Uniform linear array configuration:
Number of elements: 12
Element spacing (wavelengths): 0.25
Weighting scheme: kaiser
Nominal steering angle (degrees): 30
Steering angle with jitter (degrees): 28.933
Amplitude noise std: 0.05
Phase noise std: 0.05

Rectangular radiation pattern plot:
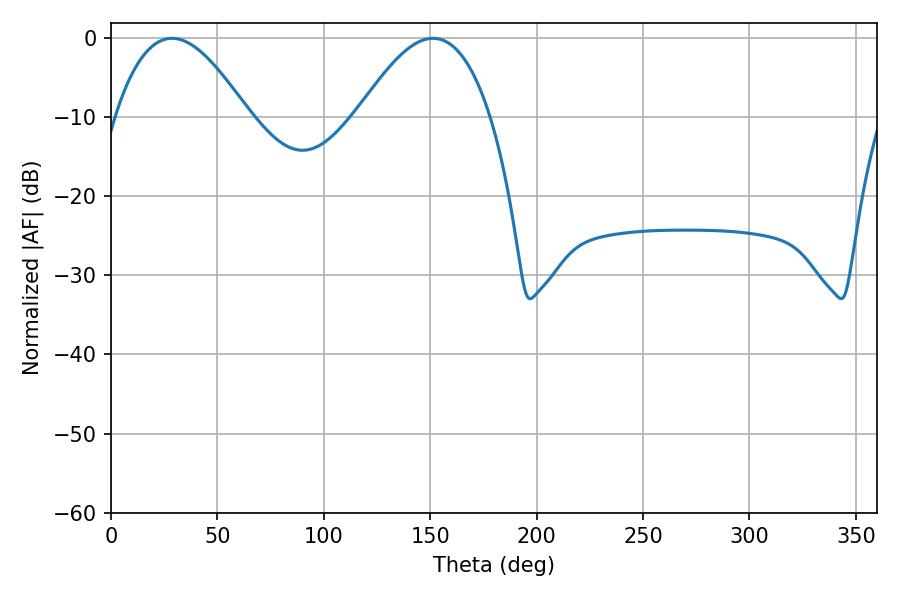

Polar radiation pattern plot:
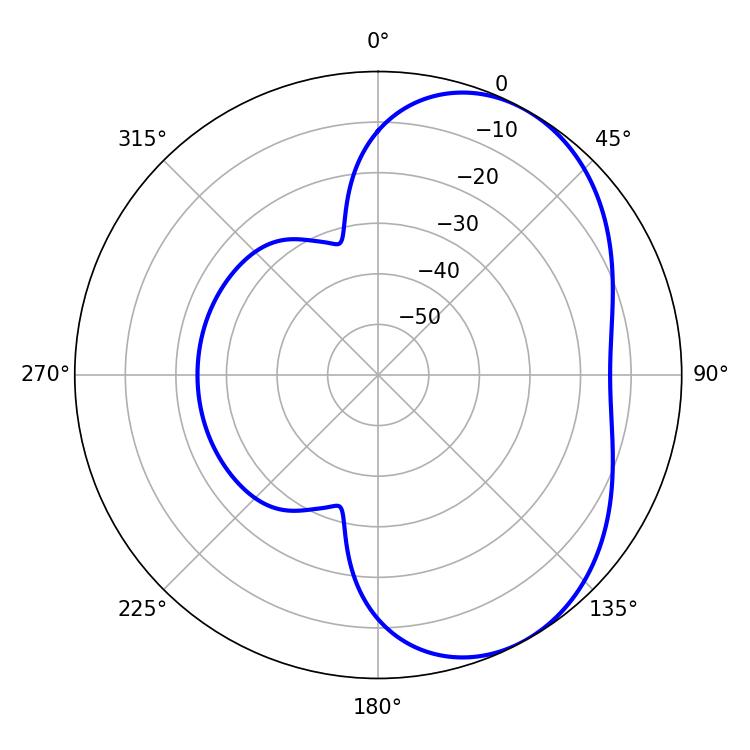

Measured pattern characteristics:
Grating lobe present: FALSE
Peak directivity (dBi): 4.713
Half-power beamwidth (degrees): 34.02
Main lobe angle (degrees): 28.62